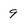
Character: 9